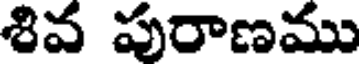
శివ పురాణము